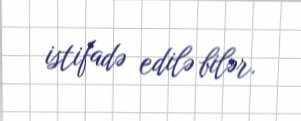
istifadə edilə bilər.